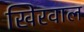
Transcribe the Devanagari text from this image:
खिरवाल